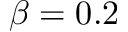
\beta = 0 . 2